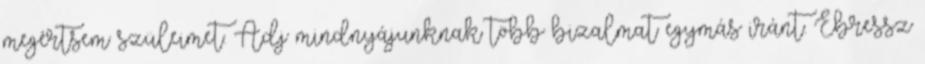
megértsem szüleimet. Adj mindnyájunknak több bizalmat egymás iránt. Ébressz